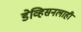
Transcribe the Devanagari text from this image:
डेव्हिसनलाही